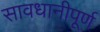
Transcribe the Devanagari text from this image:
सावधानीपूर्ण